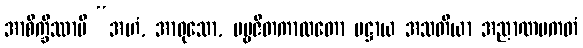
အာစိက္ခိဿာမိ “အဟံ, အာဝုသော, ပဗ္ဗဇိတကာလတော ပဋ္ဌာယ အသတိယာ အညာဏပကတံ